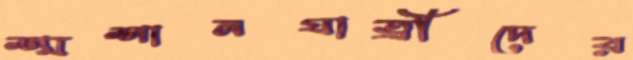
শ্মশানযাত্রীদের